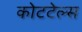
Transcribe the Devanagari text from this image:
कोटटेल्स